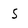
Character: S